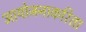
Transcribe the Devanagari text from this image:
आयोजनाकरिता